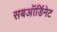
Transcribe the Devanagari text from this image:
सबऑर्डिनेट